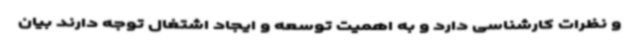
و نظرات کارشناسی دارد و به اهمیت توسعه و ایجاد اشتغال توجه دارند بیان